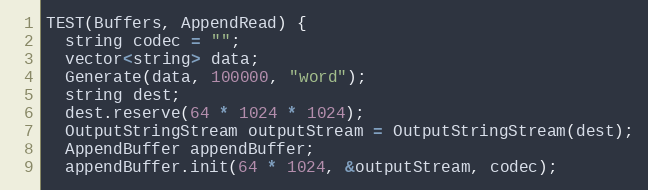
Language: C++
TEST(Buffers, AppendRead) {
  string codec = "";
  vector<string> data;
  Generate(data, 100000, "word");
  string dest;
  dest.reserve(64 * 1024 * 1024);
  OutputStringStream outputStream = OutputStringStream(dest);
  AppendBuffer appendBuffer;
  appendBuffer.init(64 * 1024, &outputStream, codec);